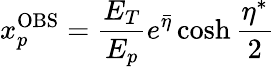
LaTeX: x_{p}^{\mathrm{OBS}}=\frac{E_{T}}{E_{p}}e^{\bar{\eta}}\cosh\frac{\eta^{\ast}}{2}